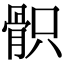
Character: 𩨵